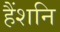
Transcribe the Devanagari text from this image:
हैंशनि